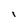
Character: i